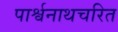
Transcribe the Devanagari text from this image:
पार्श्वनाथचरित